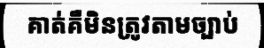
គាត់គឺមិនត្រូវតាមច្បាប់